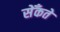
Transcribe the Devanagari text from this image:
सेँकते